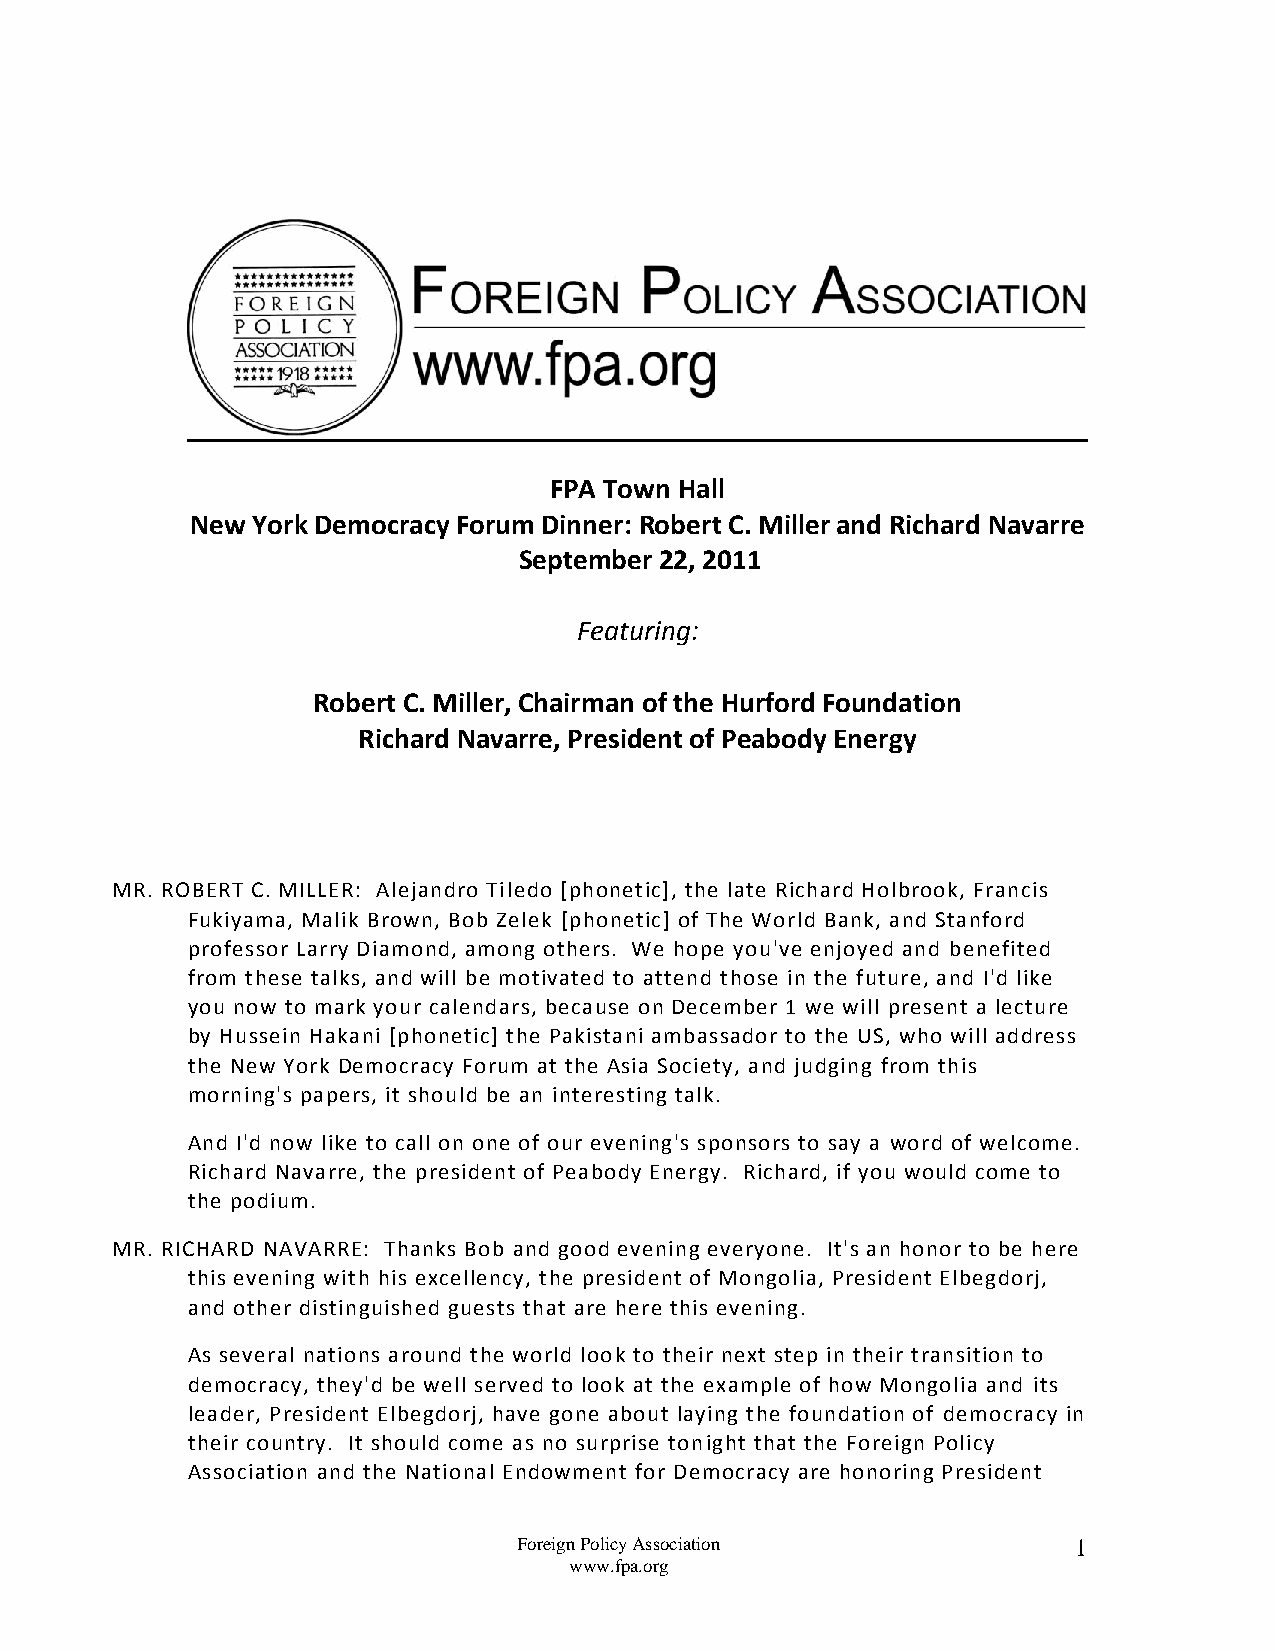
FPA Town Hall
 New York Democracy Forum Dinner: Robert C. Miller and Richard Navarre
 September 22, 2011
 Featuring:
 Robert C. Miller, Chairman of the Hurford Foundation
 Richard Navarre, President of Peabody Energy
 MR. ROBERT C. MILLER: Alejandro Tiledo [phonetic], the late Richard Holbrook, Francis
 Fukiyama, Malik Brown, Bob Zelek [phonetic] of The World Bank, and Stanford
 professor Larry Diamond, among others. We hope you've enjoyed and benefited
 from these talks, and will be motivated to attend those in the future, and I'd like
 you now to mark your calendars, because on December 1 we will present a lecture
 by Hussein Hakani [phonetic] the Pakistani ambassador to the US, who will address
 the New York Democracy Forum at the Asia Society, and judging from this
 morning's papers, it should be an interesting talk.
 And I'd now like to call on one of our evening's sponsors to say a word of welcome.
 Richard Navarre, the president of Peabody Energy. Richard, if you would come to
 the podium.
 MR. RICHARD NAVARRE: Thanks Bob and good evening everyone. It's an honor to be here
 this evening with his excellency, the president of Mongolia, President Elbegdorj,
 and other distinguished guests that are here this evening.
 As several nations around the world look to their next step in their transition to
 democracy, they'd be well served to look at the example of how Mongolia and its
 leader, President Elbegdorj, have gone about laying the foundation of democracy in
 their country. It should come as no surprise tonight that the Foreign Policy
 Association and the National Endowment for Democracy are honoring President
 Foreign Policy Association           1
 www.fpa.org